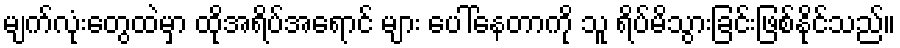
မျက်လုံးတွေထဲမှာ ထိုအရိပ်အရောင် များ ပေါ်နေတာကို သူ ရိပ်မိသွားခြင်းဖြစ်နိုင်သည်။